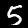
Digit: 5